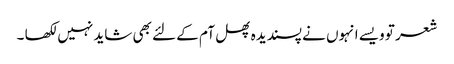
شعر تو ویسے انہوں نے پسندیدہ پھل آم کے لئے بھی شاید نہیں لکھا ۔